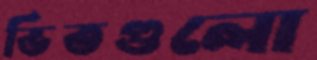
ভিতগুলো